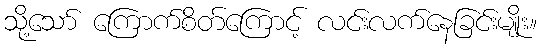
သို့သော် ကြောက်စိတ်ကြောင့် လင်းလက်နေခြင်းမျိုး။